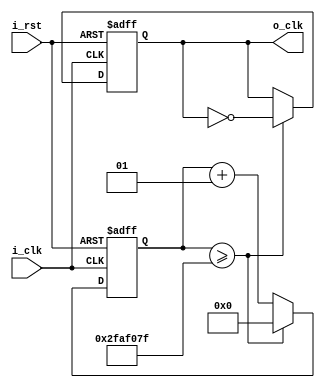
`timescale 1ns / 1ps

module clock_divider #(parameter FREQ = 1,
							  parameter DEFAULT_CLK = 100000000
							  )(input i_clk,
								 input i_rst,
								 output o_clk);
    reg r_clk;
    integer r_counter;
    
    assign o_clk = r_clk;
    
    always @(posedge i_clk or negedge i_rst)
    begin
		if(!i_rst) begin
			  r_counter <= 0;
			  r_clk <= 0;
		 end
		 else begin
			r_counter <= r_counter + 1;
			if(r_counter >= ((DEFAULT_CLK/(2*FREQ))-1)) // default clk of device divided by 2 * Required frequency - 1 
			begin
				r_counter <= 0;
				r_clk <= ~r_clk;
			end
		end
   end  
endmodule